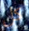
كل